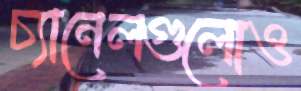
চ্যানেলগুলোও